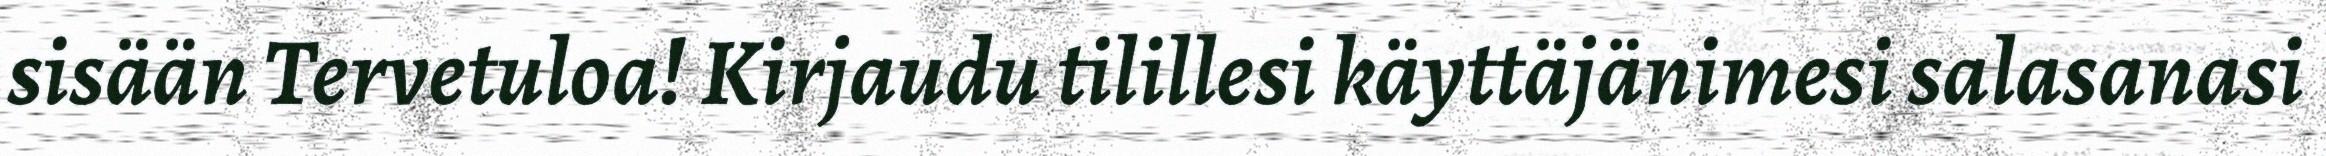
sisään Tervetuloa! Kirjaudu tilillesi käyttäjänimesi salasanasi